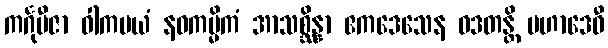
ကင်္ဂုဗီဇာ ဝါကမယံ နဝကမ္မိကံ အာသစ္ဆိန္နာ ဧကဒေသေန ဝဒတန္တိ မဟာဒေဝီ